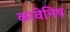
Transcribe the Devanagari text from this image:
कावेनिष